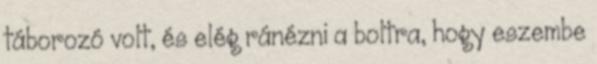
táborozó volt, és elég ránézni a boltra, hogy eszembe